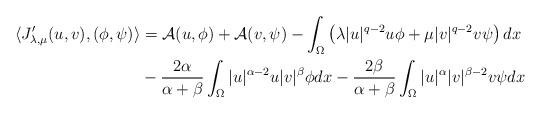
LaTeX: \begin{align*}\langle J_{\lambda,\mu}'(u,v),(\phi,\psi)\rangle &= \mathcal{A}(u,\phi)+\mathcal{A}(v,\psi)-\int_\Omega \left(\lambda |u|^{q-2}u\phi+ \mu |v|^{q-2}v\psi \right)dx\\&-\frac{2\alpha}{\alpha+\beta}\int_\Omega|u|^{\alpha-2}u|v|^\beta\phi dx-\frac{2\beta}{\alpha+\beta}\int_\Omega|u|^{\alpha}|v|^{\beta-2}v\psi dx\end{align*}